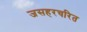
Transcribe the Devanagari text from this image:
जसहरचरित